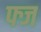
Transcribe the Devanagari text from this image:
फ्ज